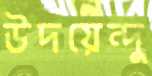
উদয়েন্দু